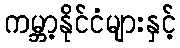
ကမ္ဘာ့နိုင်ငံများနှင့်